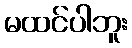
မထင်ပါဘူး